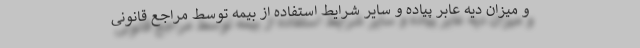
و میزان دیه عابر پیاده و سایر شرایط استفاده از بیمه توسط مراجع قانونی